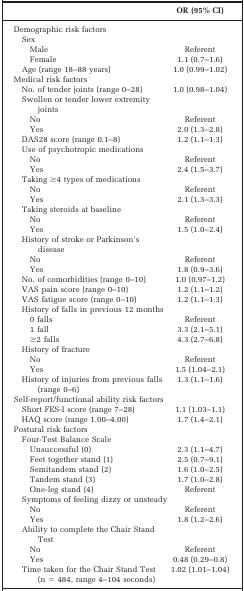
<table><thead><tr><td></td><td><b>OR (95% CI)</b></td></tr></thead><tbody><tr><td>Demographic risk factors</td><td></td></tr><tr><td> Sex</td><td></td></tr><tr><td>Male</td><td>Referent</td></tr><tr><td>Female</td><td>1.1 (0.7–1.6)</td></tr><tr><td> Age (range 18–88 years)</td><td>1.0 (0.99–1.02)</td></tr><tr><td>Medical risk factors</td><td></td></tr><tr><td> No. of tender joints (range 0–28)</td><td>1.0 (0.98–1.04)</td></tr><tr><td> Swollen or tender lower extremity joints</td><td></td></tr><tr><td>No</td><td>Referent</td></tr><tr><td>Yes</td><td>2.0 (1.3–2.8)</td></tr><tr><td> DAS28 score (range 0.1–8)</td><td>1.2 (1.1–1.3)</td></tr><tr><td> Use of psychotropic medications</td><td></td></tr><tr><td>No</td><td>Referent</td></tr><tr><td>Yes</td><td>2.4 (1.5–3.7)</td></tr><tr><td> Taking ≥4 types of medications</td><td></td></tr><tr><td>No</td><td>Referent</td></tr><tr><td>Yes</td><td>2.1 (1.3–3.3)</td></tr><tr><td> Taking steroids at baseline</td><td></td></tr><tr><td>No</td><td>Referent</td></tr><tr><td>Yes</td><td>1.5 (1.0–2.4)</td></tr><tr><td>History of stroke or Parkinson&#x27;s disease</td><td></td></tr><tr><td>No</td><td>Referent</td></tr><tr><td>Yes</td><td>1.8 (0.9–3.6)</td></tr><tr><td> No. of comorbidities (range 0–10)</td><td>1.0 (0.97–1.2)</td></tr><tr><td> VAS pain score (range 0–10)</td><td>1.2 (1.1–1.2)</td></tr><tr><td> VAS fatigue score (range 0–10)</td><td>1.2 (1.1–1.3)</td></tr><tr><td> History of falls in previous 12 months</td><td></td></tr><tr><td>0 falls</td><td>Referent</td></tr><tr><td>1 fall</td><td>3.3 (2.1–5.1)</td></tr><tr><td>≥2 falls</td><td>4.3 (2.7–6.8)</td></tr><tr><td> History of fracture</td><td></td></tr><tr><td>No</td><td>Referent</td></tr><tr><td>Yes</td><td>1.5 (1.04–2.1)</td></tr><tr><td> History of injuries from previous falls (range 0–6)</td><td>1.3 (1.1–1.6)</td></tr><tr><td>Self-report/functional ability risk factors</td><td></td></tr><tr><td> Short FES-I score (range 7–28)</td><td>1.1 (1.03–1.1)</td></tr><tr><td> HAQ score (range 1.00–4.00)</td><td>1.7 (1.4–2.1)</td></tr><tr><td>Postural risk factors</td><td></td></tr><tr><td> Four-Test Balance Scale</td><td></td></tr><tr><td>Unsuccessful (0)</td><td>2.3 (1.1–4.7)</td></tr><tr><td>Feet together stand (1)</td><td>2.5 (0.7–9.1)</td></tr><tr><td>Semitandem stand (2)</td><td>1.6 (1.0–2.5)</td></tr><tr><td>Tandem stand (3)</td><td>1.7 (1.0–2.8)</td></tr><tr><td>One-leg stand (4)</td><td>Referent</td></tr><tr><td> Symptoms of feeling dizzy or unsteady</td><td></td></tr><tr><td>No</td><td>Referent</td></tr><tr><td>Yes</td><td>1.8 (1.2–2.6)</td></tr><tr><td> Ability to complete the Chair Stand Test</td><td></td></tr><tr><td>No</td><td>Referent</td></tr><tr><td>Yes</td><td>0.48 (0.29–0.8)</td></tr><tr><td>Time taken for the Chair Stand Test (n = 484, range 4–104 seconds)</td><td>1.02 (1.01–1.04)</td></tr></tbody></table>